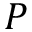
P